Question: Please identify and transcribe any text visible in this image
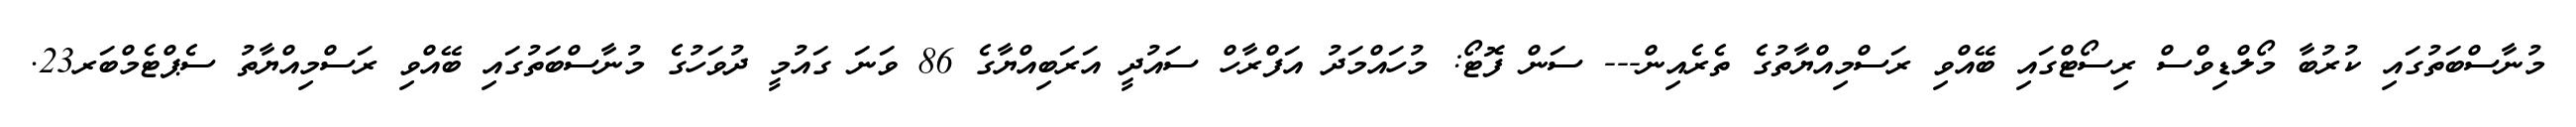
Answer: މުނާސްބަތުގައި ކުރުބާ މޯލްޑިވްސް ރިސޯޓްގައި ބޭއްވި ރަސްމިއްޔާތުގެ ތެރެއިން--- ސަން ފޮޓޯ: މުހައްމަދު އަފްރާހް ސައުދީ އަރަބިއްޔާގެ 86 ވަނަ ގައުމީ ދުވަހުގެ މުނާސްބަތުގައި ބޭއްވި ރަސްމިއްޔާތު ސެޕްޓެމްބަރ23.